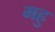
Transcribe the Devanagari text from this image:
महु